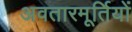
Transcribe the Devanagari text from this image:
अवतारमूर्तियों